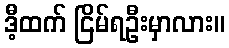
ဒီ့ထက် ငြိမ်ရဦးမှာလား။